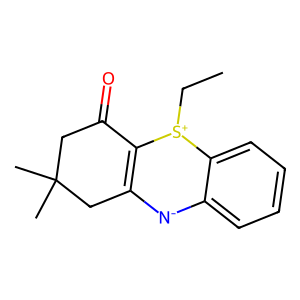
SMILES: CC[S+]1C2=C(CC(C)(C)CC2=O)[N-]c2ccccc21
Inhibits HIV replication: No